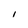
Character: I